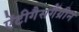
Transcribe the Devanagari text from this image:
ऐंटीगैसगैंग्रीन